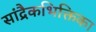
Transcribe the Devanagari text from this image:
सांद्रैकभिक्तिका